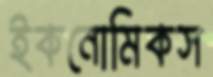
ইকনোমিকস